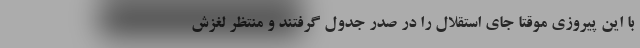
با این پیروزی موقتا جای استقلال را در صدر جدول گرفتند و منتظر لغزش